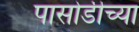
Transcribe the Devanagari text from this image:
पासोडीच्या